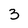
Character: 3